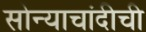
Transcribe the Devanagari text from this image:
सोन्याचांदीची